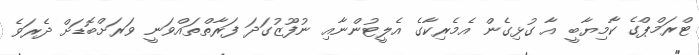
ޓްރަމްޕްގެ ކާމިޔާބީ އާ ގުޅިގެން އެމެރިކާގެ އެލީޓުންނާއި ނުފޫޒުގަދަ ފަރާތްތައްވަނީ ވަރަށްބޮޑަށް ދެރަވެ